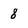
Character: 8